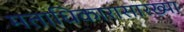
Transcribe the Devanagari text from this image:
मताधिकारासारख्या